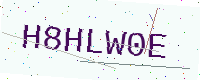
Text: H8HLW0E